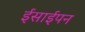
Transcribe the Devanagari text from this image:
ईसाईपन